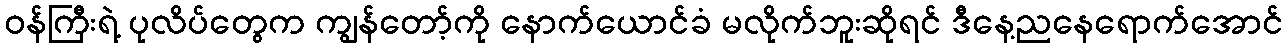
ဝန်ကြီးရဲ့ ပုလိပ်တွေက ကျွန်တော့်ကို နောက်ယောင်ခံ မလိုက်ဘူးဆိုရင် ဒီနေ့ညနေရောက်အောင်